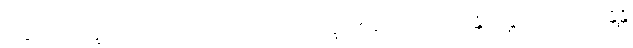
အဒ္ဒဿ သိက္ခာကောဋ္ဌာသော သတိဝိပ္ပဝါသလက္ခဏေန ဩကပ္ပေယျုန္တိ လဉ္ဇကော အာယန္တိန္တိ